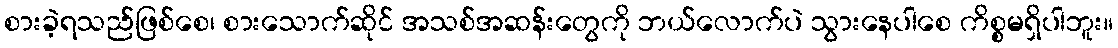
စားခဲ့ရသည်ဖြစ်စေ၊ စားသောက်ဆိုင် အသစ်အဆန်းတွေကို ဘယ်လောက်ပဲ သွားနေပါစေ ကိစ္စမရှိပါဘူး။